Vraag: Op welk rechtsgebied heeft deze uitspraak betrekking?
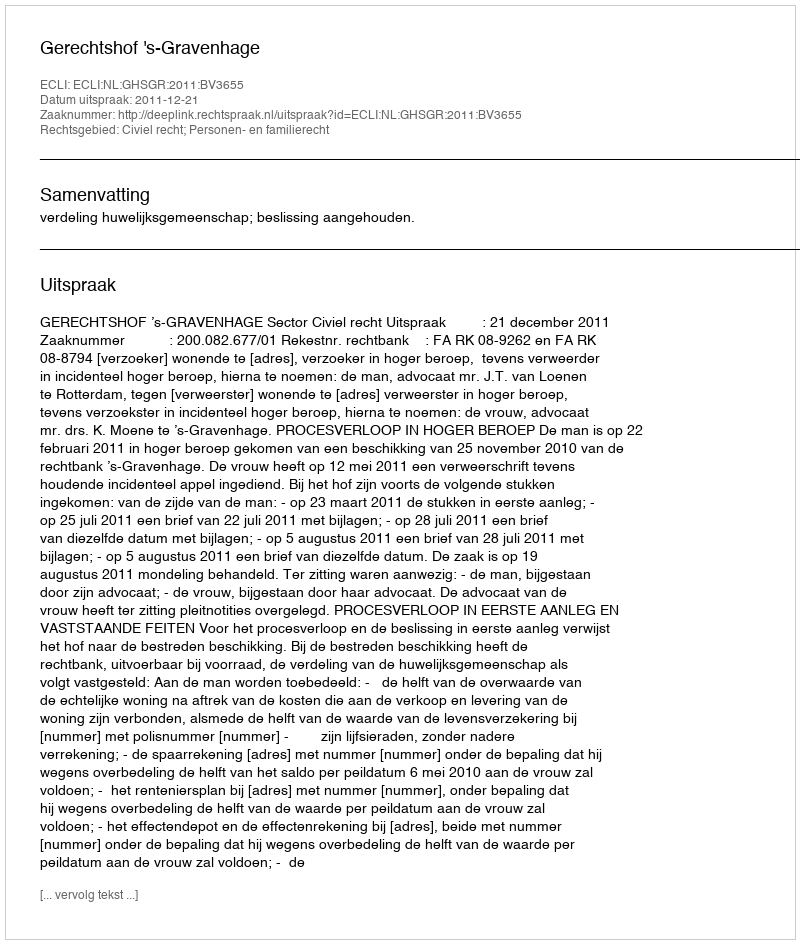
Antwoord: Civiel recht; Personen- en familierecht